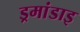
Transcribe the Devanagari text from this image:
ड्रमांडाइ